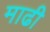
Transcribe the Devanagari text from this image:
माढी